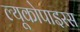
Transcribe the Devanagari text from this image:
ल्यूकोपाइरस